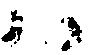
ハ